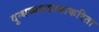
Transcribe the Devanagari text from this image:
दुग्धव्यवसायाकरिता